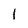
Character: 1